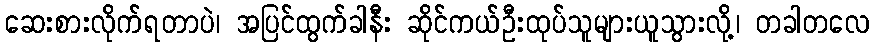
ဆေးစားလိုက်ရတာပဲ၊ အပြင်ထွက်ခါနီး ဆိုင်ကယ်ဦးထုပ်သူများယူသွားလို့၊ တခါတလေ